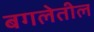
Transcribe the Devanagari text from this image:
बगलेतील